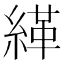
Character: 緙